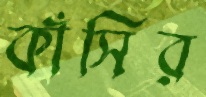
কাঁসির